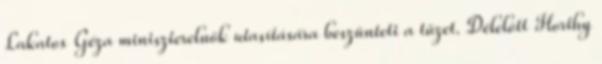
Lakatos Géza miniszterelnök utasítására beszünteti a tüzet. Délelõtt Horthy